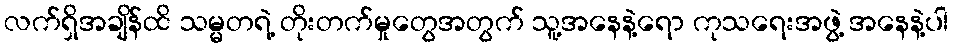
လက်ရှိအချိန်ထိ သမ္မတရဲ့ တိုးတက်မှုတွေအတွက် သူ့အနေနဲ့ရော ကုသရေးအဖွဲ့ အနေနဲ့ပါ